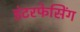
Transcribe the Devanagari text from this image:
इंटरफेसिंग